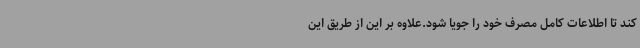
کند تا اطلاعات کامل مصرف خود را جویا شود.علاوه بر این از طریق این